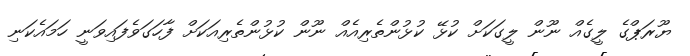
ޔޫރަޕްގެ ލީގެއް ނޫން ލީގަކަށް ކުޅޭ ކުޅުންތެރިއެއް ނޫން ކުޅުންތެރިއަކަށް ފާހަގަވެފައިވަނީ ހަމައެކަނި